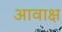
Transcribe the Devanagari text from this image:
आवाक्ष